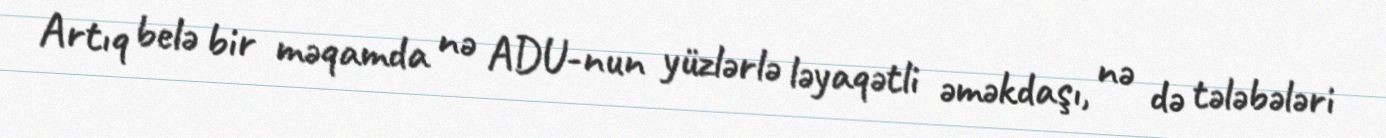
Artıq belə bir məqamda nə ADU-nun yüzlərlə ləyaqətli əməkdaşı, nə də tələbələri